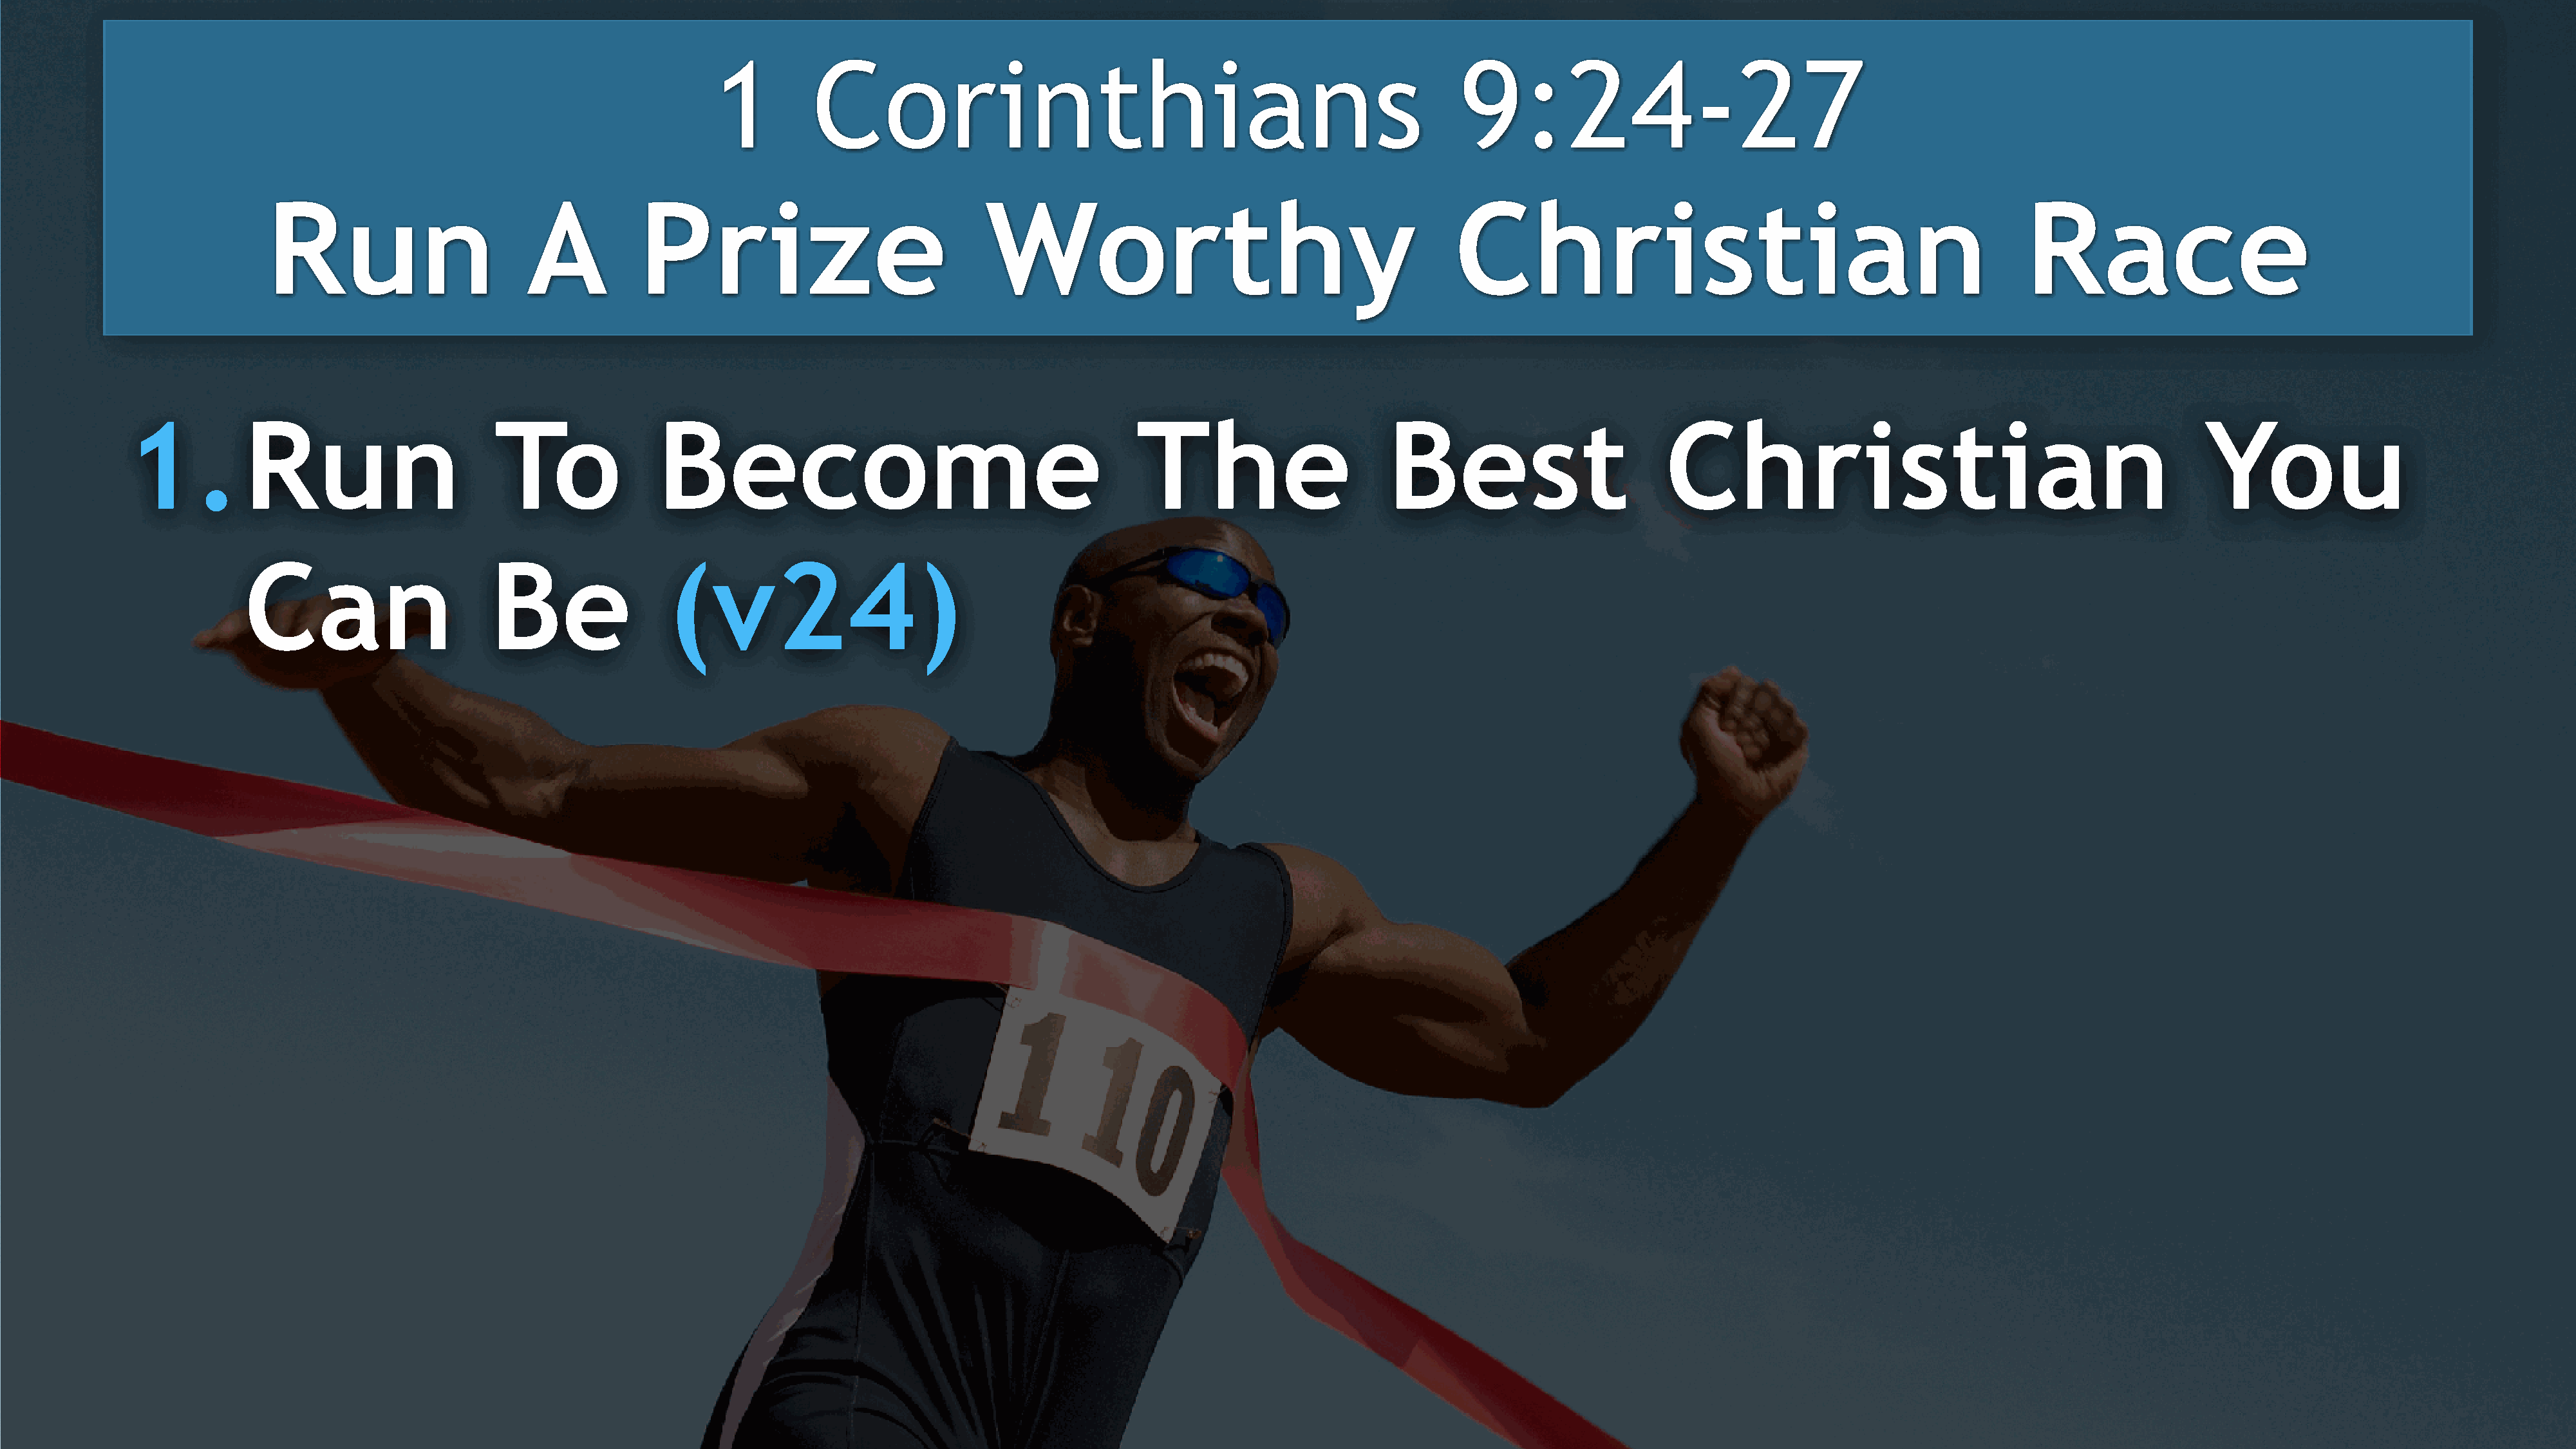
1         Corinthians                                                        9:24-27
 Run                        A           Prize                              Worthy                                           Christian                                                 Race
 1.          Run                       To               Become                                           The                       Best                        Christian                                               You
 Can                      Be                 (v24)